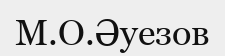
М.О.Әуезов